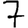
Digit: 7